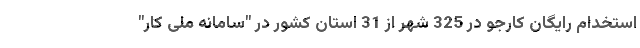
استخدام رایگان کارجو در 325 شهر از 31 استان کشور در "سامانه ملی کار"